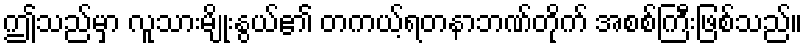
ဤသည်မှာ လူသားမျိုးနွယ်၏ တကယ့်ရတနာဘဏ်တိုက် အစစ်ကြီးဖြစ်သည်။